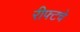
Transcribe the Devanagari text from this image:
रीफ्टचे